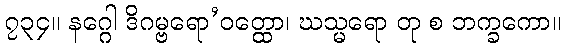
၇၃၄။ နဂ္ဂေါ ဒိဂမ္ဗရော’ဝတ္ထော၊ ဃသ္မရော တု စ ဘက္ခကော။